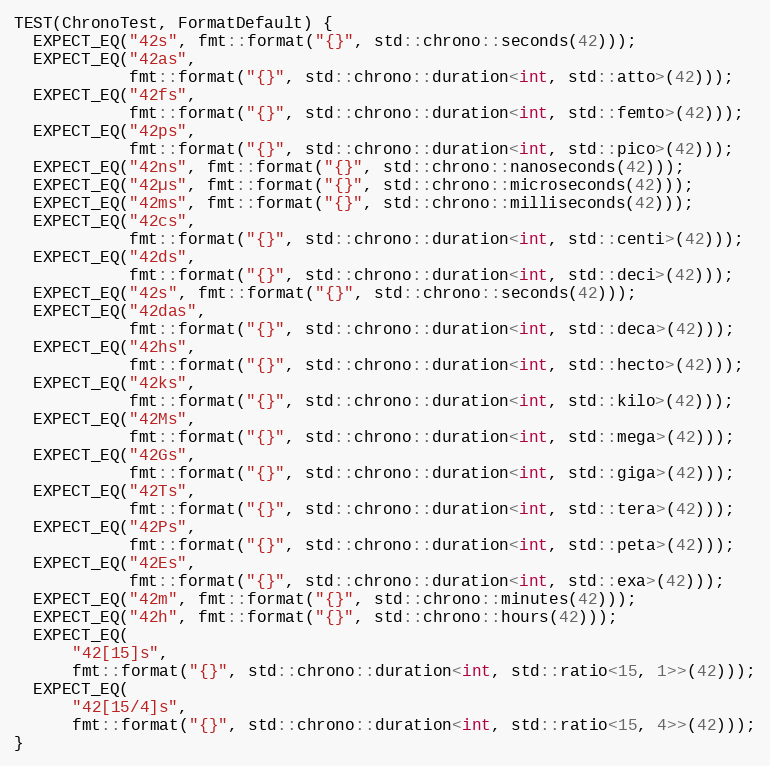
Language: C++
TEST(ChronoTest, FormatDefault) {
  EXPECT_EQ("42s", fmt::format("{}", std::chrono::seconds(42)));
  EXPECT_EQ("42as",
            fmt::format("{}", std::chrono::duration<int, std::atto>(42)));
  EXPECT_EQ("42fs",
            fmt::format("{}", std::chrono::duration<int, std::femto>(42)));
  EXPECT_EQ("42ps",
            fmt::format("{}", std::chrono::duration<int, std::pico>(42)));
  EXPECT_EQ("42ns", fmt::format("{}", std::chrono::nanoseconds(42)));
  EXPECT_EQ("42µs", fmt::format("{}", std::chrono::microseconds(42)));
  EXPECT_EQ("42ms", fmt::format("{}", std::chrono::milliseconds(42)));
  EXPECT_EQ("42cs",
            fmt::format("{}", std::chrono::duration<int, std::centi>(42)));
  EXPECT_EQ("42ds",
            fmt::format("{}", std::chrono::duration<int, std::deci>(42)));
  EXPECT_EQ("42s", fmt::format("{}", std::chrono::seconds(42)));
  EXPECT_EQ("42das",
            fmt::format("{}", std::chrono::duration<int, std::deca>(42)));
  EXPECT_EQ("42hs",
            fmt::format("{}", std::chrono::duration<int, std::hecto>(42)));
  EXPECT_EQ("42ks",
            fmt::format("{}", std::chrono::duration<int, std::kilo>(42)));
  EXPECT_EQ("42Ms",
            fmt::format("{}", std::chrono::duration<int, std::mega>(42)));
  EXPECT_EQ("42Gs",
            fmt::format("{}", std::chrono::duration<int, std::giga>(42)));
  EXPECT_EQ("42Ts",
            fmt::format("{}", std::chrono::duration<int, std::tera>(42)));
  EXPECT_EQ("42Ps",
            fmt::format("{}", std::chrono::duration<int, std::peta>(42)));
  EXPECT_EQ("42Es",
            fmt::format("{}", std::chrono::duration<int, std::exa>(42)));
  EXPECT_EQ("42m", fmt::format("{}", std::chrono::minutes(42)));
  EXPECT_EQ("42h", fmt::format("{}", std::chrono::hours(42)));
  EXPECT_EQ(
      "42[15]s",
      fmt::format("{}", std::chrono::duration<int, std::ratio<15, 1>>(42)));
  EXPECT_EQ(
      "42[15/4]s",
      fmt::format("{}", std::chrono::duration<int, std::ratio<15, 4>>(42)));
}